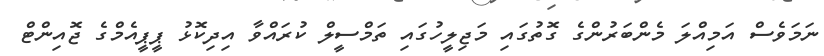
ނަމަވެސް އަމިއްލަ މެންބަރުންގެ ގޮތުގައި މަޖިލީހުގައި ތަމްސީލް ކުރައްވާ އިދިކޮޅު ޕީޕީއެމްގެ ޖޮއިންޓް